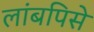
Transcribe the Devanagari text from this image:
लांबपिसे